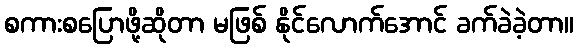
စကားစပြောဖို့ဆိုတာ မဖြစ် နိုင်လောက်အောင် ခက်ခဲခဲ့တာ။